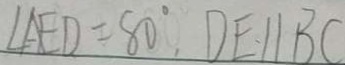
\angle A E D = 8 0 ^ { \circ } , D E / / B C